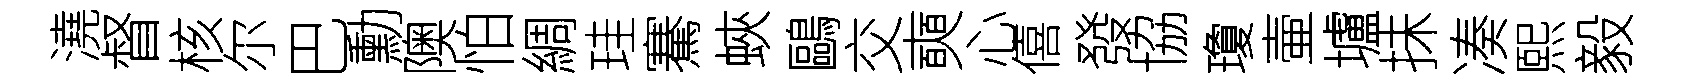
澆督核尔巴勳隩怕綢珪騫蛺鷗交奭心僖發協瓊壷壚抺凑熙毅